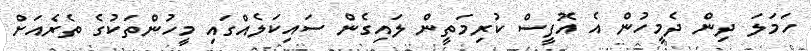
ހަމަލަ ދިން ދެމީހުން އެ އޮފީސް ކުރިމަތީން ލައިގެން ސައިކަލެއްގައި މީހުންތަކުގެ ތެރެއަށް